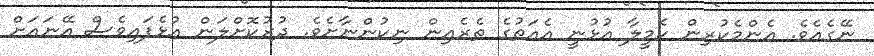
ނޭގެއެވެ. އެންމެކުރިން ކެމީލާ އުޅުނީ އެއަތުގެ ތެރެއިން ނިކުންނާށެވެ. ދުރުކޮށްލަން އުޅެފައިވެސް އޭނައަށް